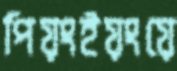
পিয়ংইয়ংয়ে